Jaan_Tonisson_(Lasteleht), lk 137
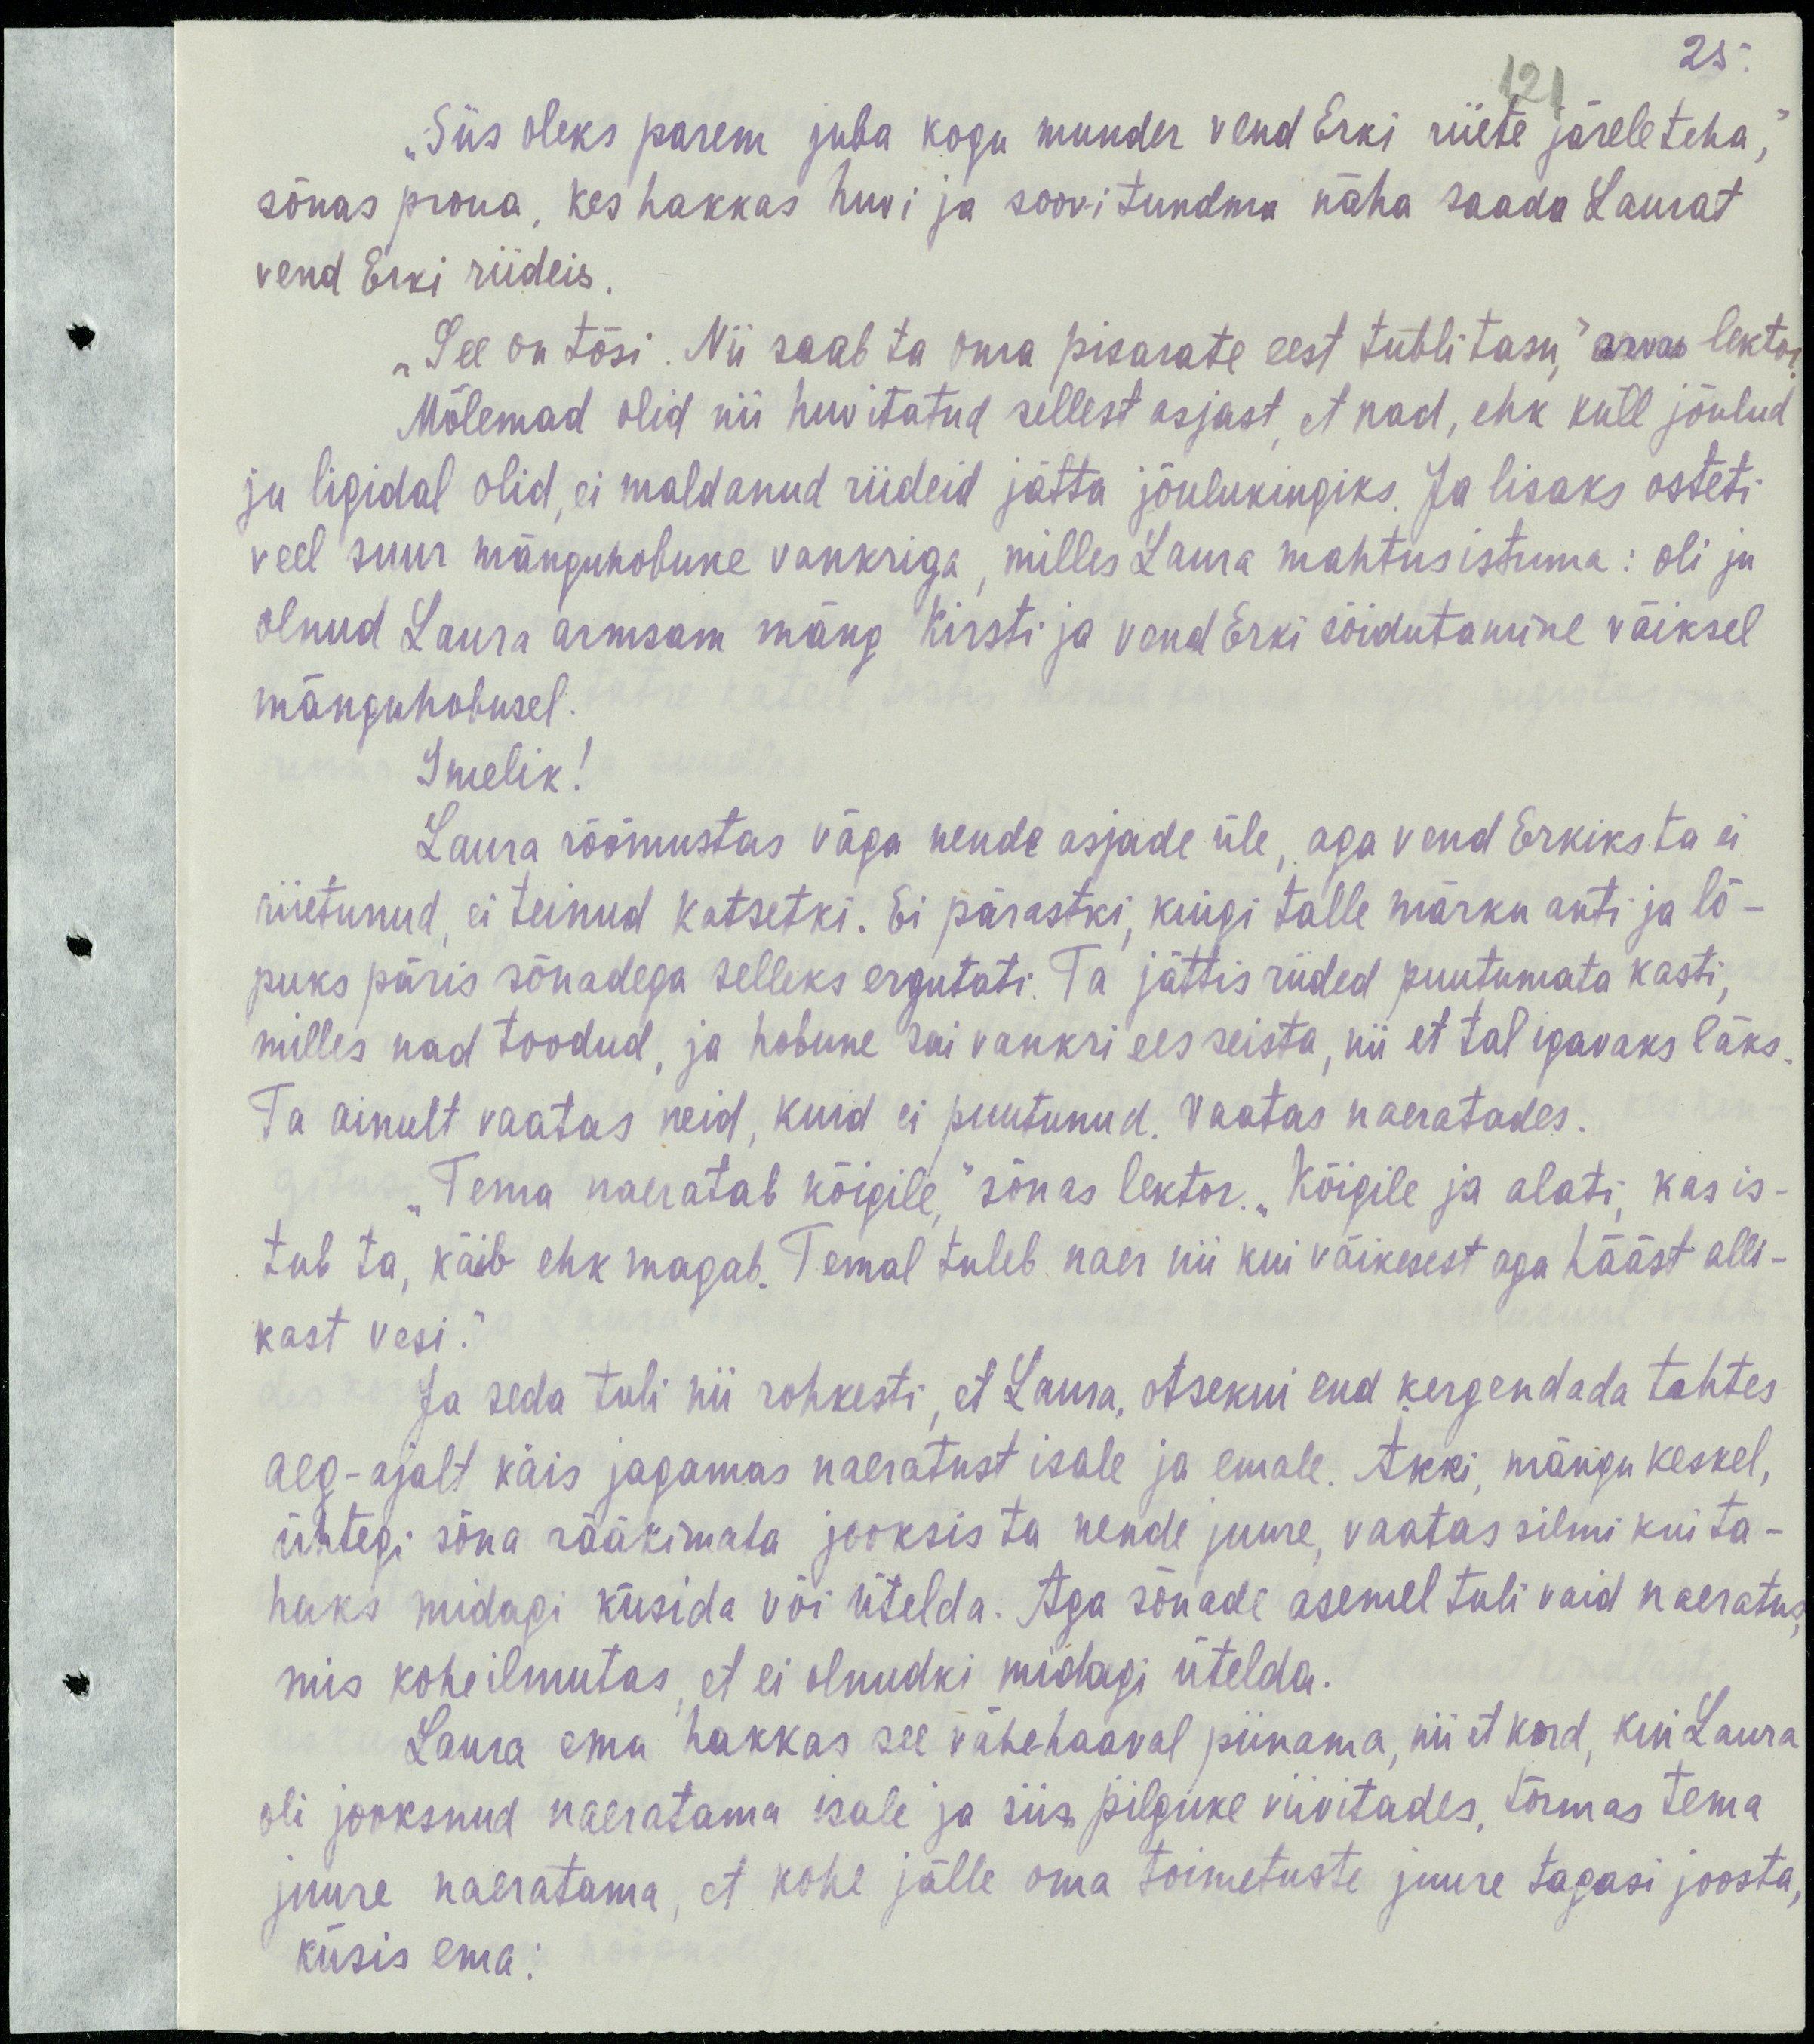
25.
121
„Siis oleks parem juba kogu munder vend Erki riiete järele teha,“
sõnas proua, kes hakkas huvi ja soovi tundma näha saada Laurat
vend Erki riideis.
„See on tõsi. Nii saab ta oma pisarate eest tubli tasu,“ arvas lektor.
Mõlemad olid nii huvitatud sellest asjast, et nad, ehk küll jõulud
ju ligidal olid, ei maldanud riideid jätta jõulukingiks. Ja lisaks osteti
veel suur mänguhobune vankriga, milles Laura mahtus istuma: oli ju
olnud Laura armsam mäng Kirsti ja vend Erki sõidutamine väiksel
mänguhobusel.
Imelik!
Laura rõõmustas väga nende asjade üle, aga vend Erkiks ta ei
riietunud, ei teinud katsetki. Ei pärastki, kuigi talle märku anti ja lõ-
puks päris sõnadega selleks ergutati. Ta jättis riided puutumata kasti,
milles nad toodud, ja hobune sai vankri ees seista, nii et tal igavaks läks.
Ta ainult vaatas neid, kuid ei puutunud. Vaatas naeratades.
„Tema naeratab kõigile,“ sõnas lektor. „Kõigile ja alati, kas is-
tub ta, käib ehk magab. Temal tuleb naer nii kui väikesest aga hääst alli-
kast vesi.“
Ja seda tuli nii rohkesti, et Laura, otsekui end kergendada tahtes
aeg-ajalt käis jagamas naeratust isale ja emale. Äkki, mängu keskel,
ühtegi sõna rääkimata jooksis ta nende juure, vaatas silmi kui ta-
haks midagi küsida või ütelda. Aga sõnade asemel tuli vaid naeratus,
mis kohe ilmutas, et ei olnudki midagi ütelda.
Laura ema hakkas see vähehaaval piinama, nii et kord, kui Laura
oli jooksnud naeratama isale ja siis pilguke viivitades, tormas tema
juure naeratama, et kohe jälle oma toimetuste juure tagasi joosta,
küsis ema: